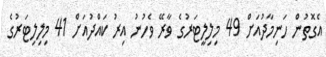
އެގޮތުން ހަނިމާދުއަށް 49 މިލިލީޓަރުގެ ވާރޭ ވެހުނު އިރު ކައްދުއަށް 41 މިލިލިޓަރުގެ